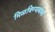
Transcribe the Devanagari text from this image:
मिळविण्याबाबत